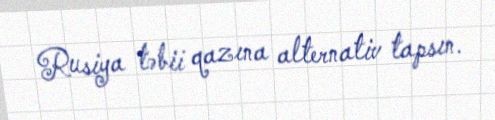
Rusiya təbii qazına alternativ tapsın.